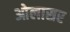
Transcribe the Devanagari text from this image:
ओलासर